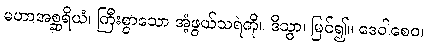
မဟာအစ္ဆရိယံ၊ ကြီးစွာသော အံ့ဖွယ်သရဲကို။ ဒိသွာ၊ မြင်၍။ ဒေဝါစေဝ၊